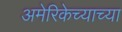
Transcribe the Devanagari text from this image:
अमेरिकेच्याच्या